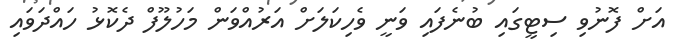
އަށް ފޮނުވި ސިޓީގައި ބުނެފައި ވަނީ ވެހިކަލަށް އަރުއްވަން މަހުލޫފް ދެކޮޅު ހައްދަވައި